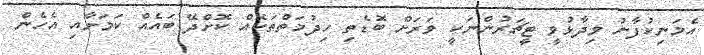
އެމަނިކުފާނު ވިދާޅުވީ ޓީޗަރުންނަކީ ވަރަށް ބޮޑެތި ހިދުމަތްތަކެއް ކޮށްދޭ ބައެއް ކަމަށާއި އެހެން